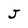
Character: J